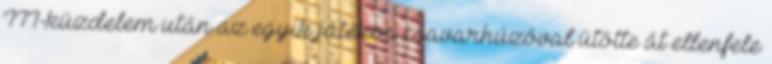
III-küzdelem után az egyik játékos csavarhúzóval ütötte át ellenfele